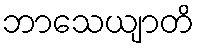
ဘာသေယျာတိ